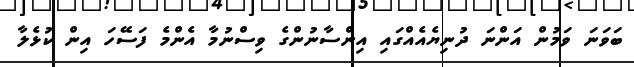
ބަވަނަ ވަމުން އަންނަ ދުނިޔެއެއްގައި އިންސާނުންގެ ވިސްނުމާ އެންމެ ފަސޭހަ އިން ކުޅެލާ